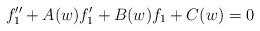
LaTeX: \begin{align*}f''_1+A(w)f_1'+B(w)f_1+C(w)=0\end{align*}